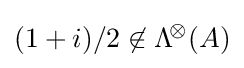
(1+i)/2\not \in \mathrm {\Lambda } ^{\!\otimes }\!\left({A}\right)